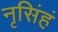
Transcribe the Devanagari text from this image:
नृसिंहं